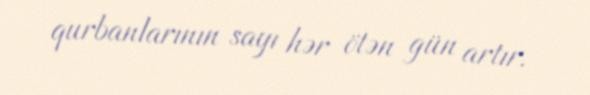
qurbanlarının sayı hər ötən gün artır.